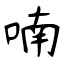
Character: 喃